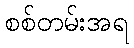
စစ်တမ်းအရ